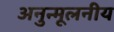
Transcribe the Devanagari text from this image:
अनुन्मूलनीय